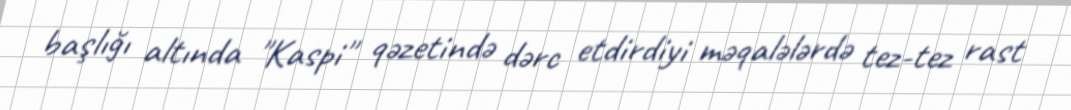
başlığı altında "Kaspi" qəzetində dərc etdirdiyi məqalələrdə tez-tez rast